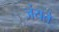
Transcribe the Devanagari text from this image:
जंयते